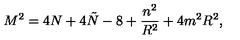
M ^ { 2 } = 4 N + 4 \tilde { N } - 8 + \frac { n ^ { 2 } } { R ^ { 2 } } + 4 m ^ { 2 } R ^ { 2 } ,